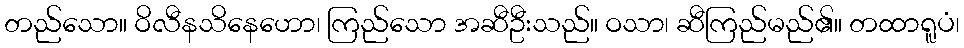
တည်သော။ ဝိလီနသိနေဟော၊ ကြည်သော အဆီဦးသည်။ ဝသာ၊ ဆီကြည်မည်၏။ တထာရူပံ၊